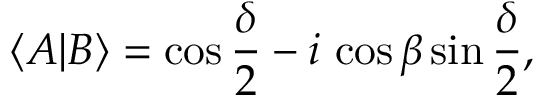
\langle A | B \rangle = \cos { \frac { \delta } { 2 } } - i \, \cos { \beta } \sin { \frac { \delta } { 2 } } ,